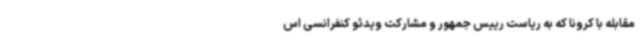
مقابله با کرونا که به ریاست رییس جمهور و مشارکت ویدئو کنفرانسی اس